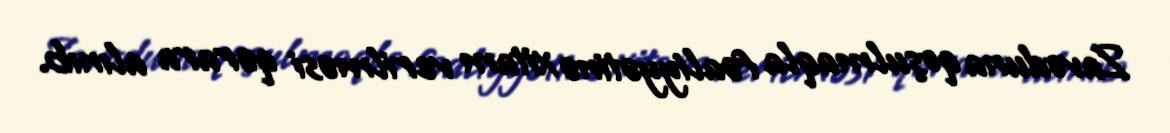
Zavoduna qoşulmaqla fəaliyyətinə xitam verilməsi qərara alınıb.